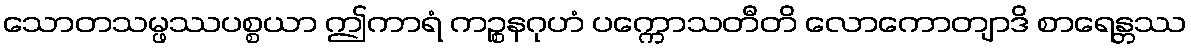
သောတသမ္ဖဿပစ္စယာ ဤကာရံ ကဉ္စနဂုဟံ ပက္ကောသတီတိ လောကောတျာဒိ စာရေန္တဿ